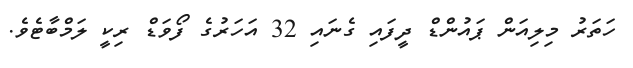
ހަތަރު މިލިއަން ޕައުންޑް ދީފައި ގެނައި 32 އަހަރުގެ ފޯވަޑް ރިކީ ލަމްބާޓެވެ.